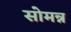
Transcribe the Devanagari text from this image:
सोमन्न